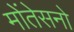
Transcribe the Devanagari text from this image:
मोंतेसनो